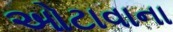
ઓટાવાના